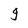
Character: 9